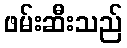
ဖမ်းဆီးသည်